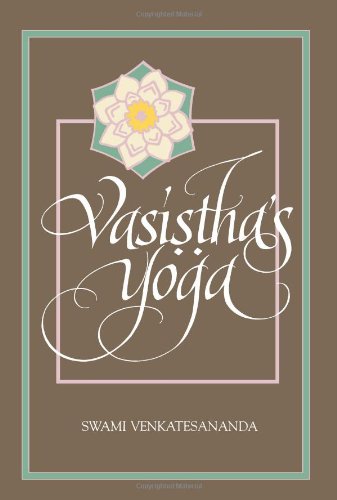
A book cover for Vasisthas Yoga (Special Paper; 27); Venkatesananda; Health, Fitness & Dieting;